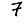
Digit: 7